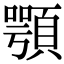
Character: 顎